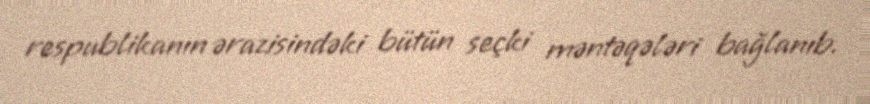
respublikanın ərazisindəki bütün seçki məntəqələri bağlanıb.